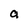
Character: a